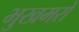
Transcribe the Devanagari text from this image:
भुखमरों